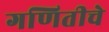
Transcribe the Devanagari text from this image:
गणितीचे